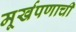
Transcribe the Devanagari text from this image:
मूर्खपणाची